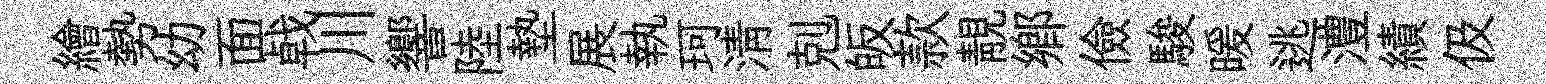
繪勢幼面㦸川響陸墊展執珂淸剋皈款靚鄕儉駿暖逃澧績伋